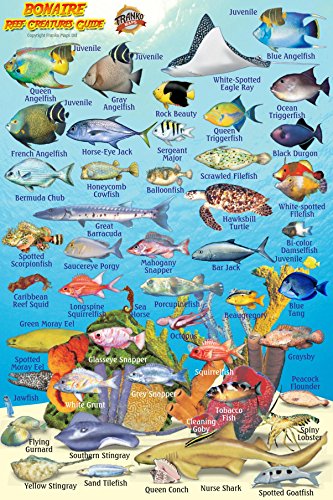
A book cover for Bonaire Reef Creatures Guide Franko Maps Laminated Fish Card 4" x 6"; Franko Maps Ltd.; Travel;